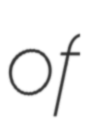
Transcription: of